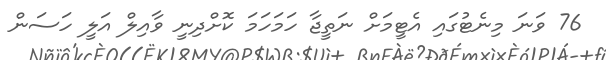
76 ވަނަ މިނެޓުގައި އެޓީމަށް ނަތީޖާ ހަމަހަމަ ކޮށްދިނީ ވާއިލް އަލީ ހަސަން